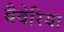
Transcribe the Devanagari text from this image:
बैवेरिया